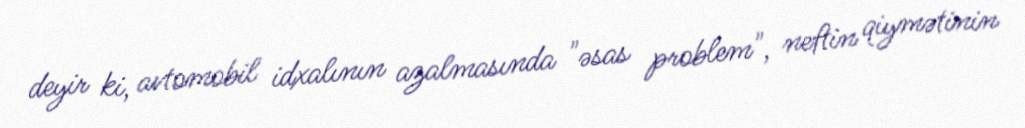
deyir ki, avtomobil idxalının azalmasında "əsas problem", neftin qiymətinin